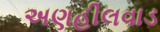
અણહીલવાડ